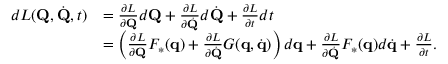
{ \begin{array} { r l } { d L ( \mathbf { Q } , { \dot { \mathbf { Q } } } , t ) } & { = { \frac { \partial L } { \partial \mathbf { Q } } } d \mathbf { Q } + { \frac { \partial L } { \partial { \dot { \mathbf { Q } } } } } d { \dot { \mathbf { Q } } } + { \frac { \partial L } { \partial t } } d t } \\ & { = \left( { \frac { \partial L } { \partial \mathbf { Q } } } F _ { * } ( \mathbf { q } ) + { \frac { \partial L } { \partial { \dot { \mathbf { Q } } } } } G ( \mathbf { q } , { \dot { \mathbf { q } } } ) \right) d \mathbf { q } + { \frac { \partial L } { \partial { \dot { \mathbf { Q } } } } } F _ { * } ( \mathbf { q } ) d { \dot { \mathbf { q } } } + { \frac { \partial L } { \partial t } } . } \end{array} }